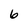
Character: 6